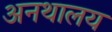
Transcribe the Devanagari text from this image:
अनथालय